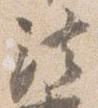
法